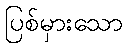
ပြစ်မှားသော